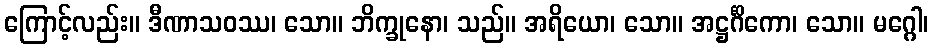
ကြောင့်လည်း။ ဒီဏာသဝဿ၊ သော။ ဘိက္ခုနော၊ သည်။ အရိယော၊ သော။ အဋ္ဌင်္ဂိကော၊ သော။ မဂ္ဂေါ၊